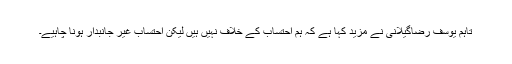
تاہم یوسف رضاگیلانی نے مزید کہا ہے کہ ہم احتساب کے خلاف نہیں ہیں لیکن احتساب غیر جانبدار ہونا چاہیے۔